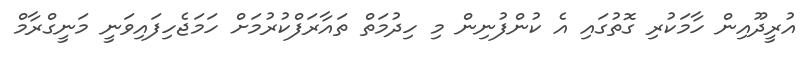
އުރީދޫއިން ހާމަކުރި ގޮތުގައި އެ ކުންފުނިން މި ހިދުމަތް ތައާރަފްކުރުމަށް ހަމަޖެހިފައިވަނީ މަނީގްރާމް